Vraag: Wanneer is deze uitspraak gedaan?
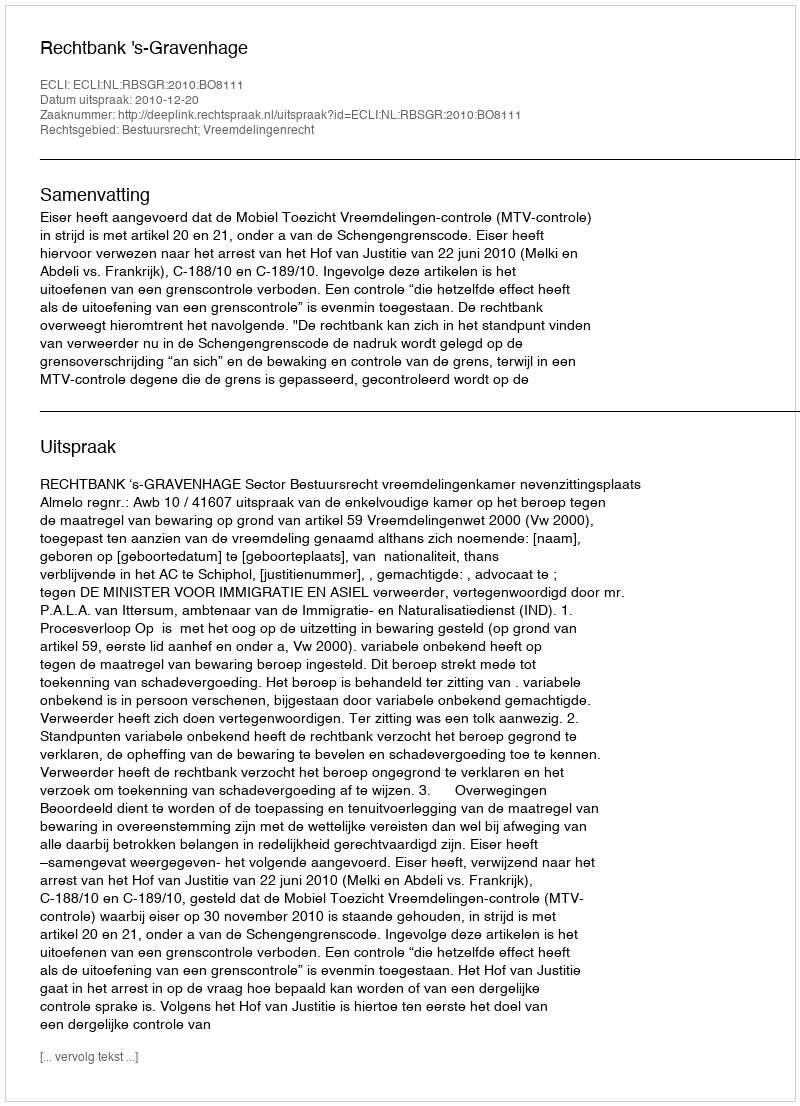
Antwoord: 2010-12-20